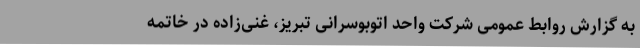
به گزارش روابط عمومی شرکت واحد اتوبوسرانی تبریز، غنی‌زاده در خاتمه